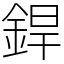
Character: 銲